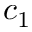
c _ { 1 }